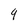
Character: 4